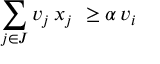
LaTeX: \sum _ { j \in J } v _ { j } \, x _ { j } \ \geq \alpha \, v _ { i }